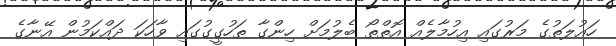
ހައުލަތުގެ މަރުގައި އިހުމާލެއް އޮތްތޯ ބެލުމަށް ހިންގާ ތަހުގީގުގައި ވާހަކަ ދައްކަމުން އޭނާގެ